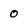
Character: 0